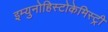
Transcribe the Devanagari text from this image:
इम्युनोहिस्टोकेमिस्ट्री